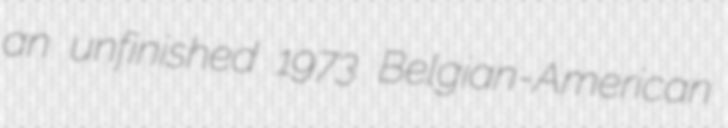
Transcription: an unfinished 1973 Belgian-American